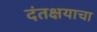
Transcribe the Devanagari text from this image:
दंतक्षयाचा